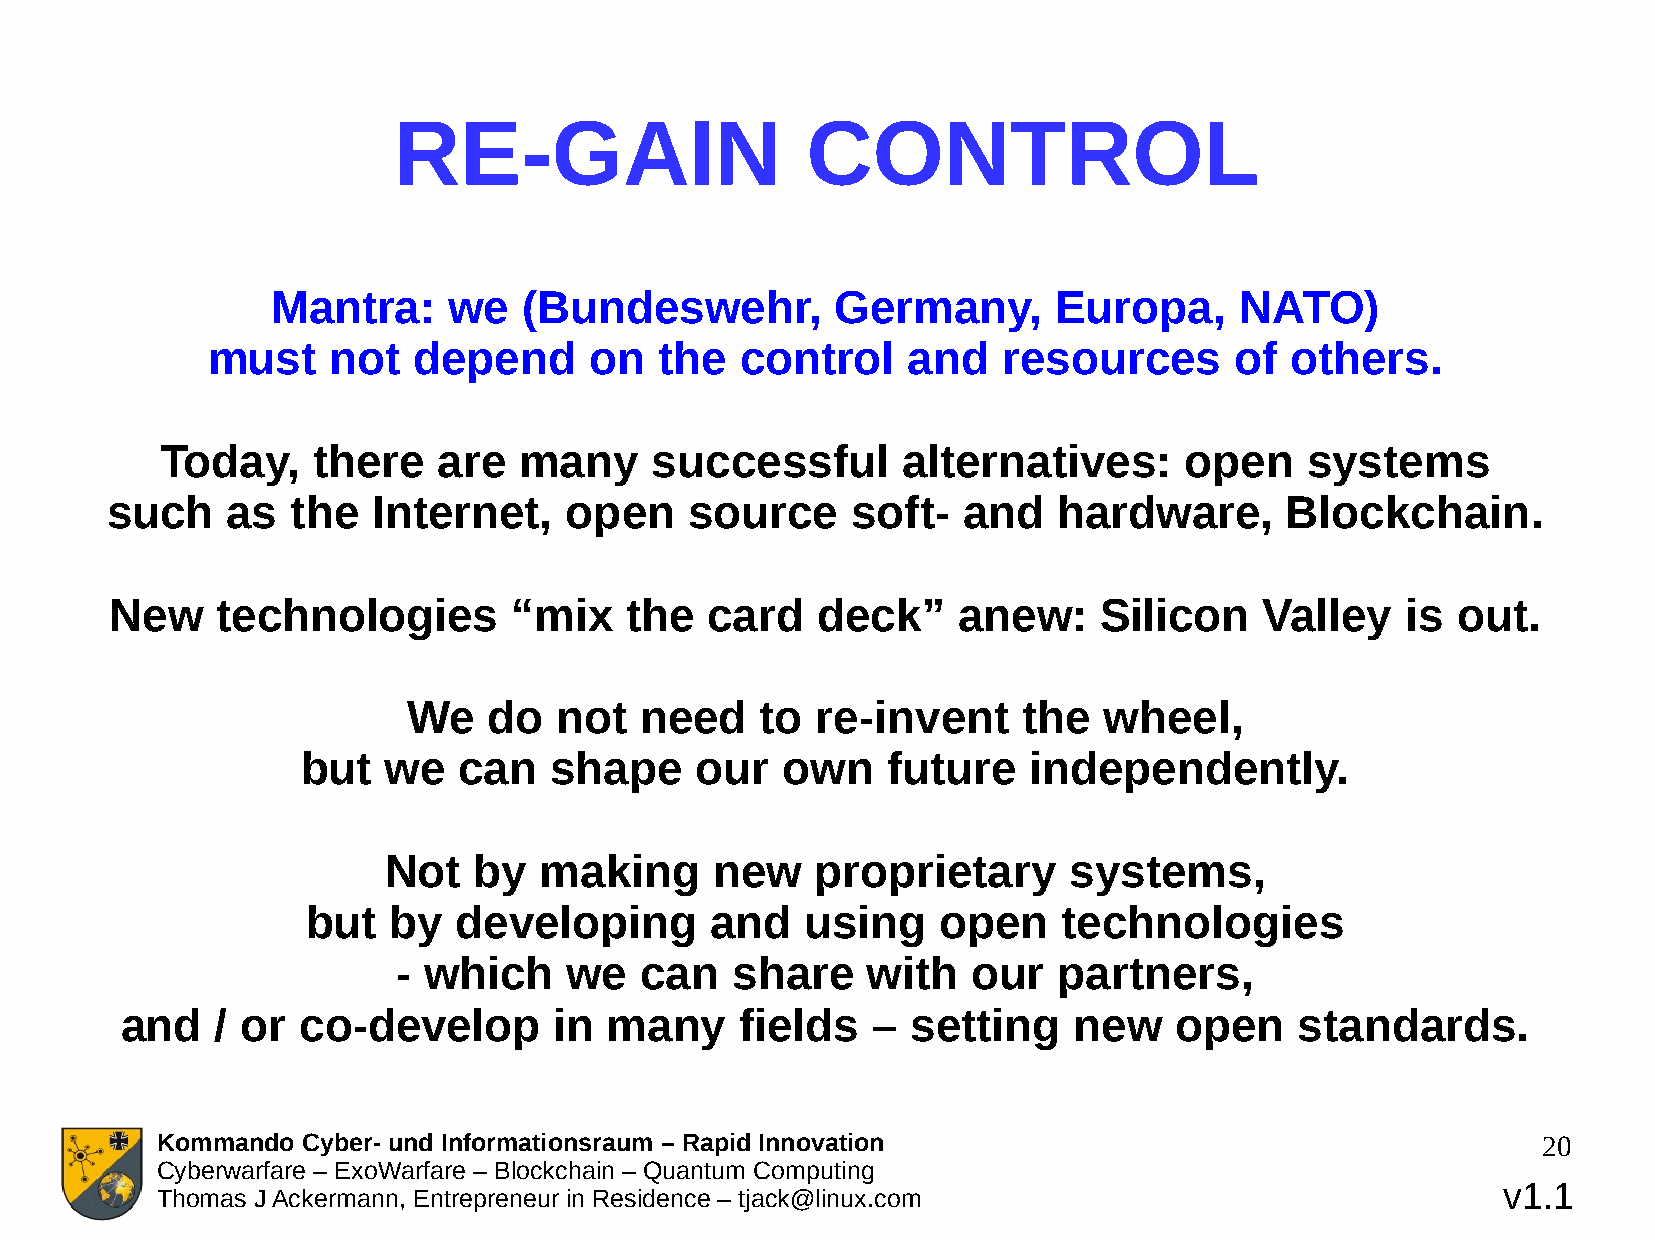
RE-GAIN                    CONTROL
 Mantra:     we   (Bundeswehr,        Germany,       Europa,     NATO)
 must    not  depend      on   the  control    and   resources       of others.
 Today,    there   are  many     successful       alternatives:     open    systems
 such    as  the   Internet,   open     source    soft-   and   hardware,      Blockchain.
 New    technologies        “mix   the   card   deck”    anew:     Silicon    Valley   is out.
 We   do   not  need    to  re-invent     the  wheel,
 but  we   can   shape     our   own    future   independently.
 Not   by   making     new    proprietary      systems,
 but   by  developing       and   using    open    technologies
 - which     we  can   share    with   our   partners,
 and   / or  co-develop       in many     fields   – setting    new    open    standards.
 Kommando  Cyber- und Informationsraum – Rapid Innovation                                    20
 Cyberwarfare – ExoWarfare – Blockchain – Quantum Computing
 v1.1
 Thomas J Ackermann, Entrepreneur in Residence – tjack@linux.com